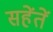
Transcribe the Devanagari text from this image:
सहेंतें